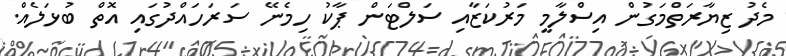
މެދު ޒިޔާރަތްމަގުން އިސްލާމީ މަރުކަޒާއި ސަލްޓަން ޕާކު ހިމެނޭ ސަރަހައްދުގައި އޮތް ބުޅަލެއް.